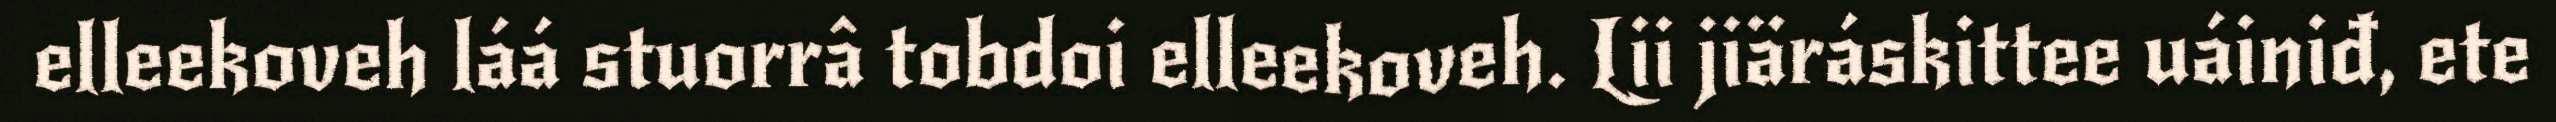
elleekoveh láá stuorrâ tobdoi elleekoveh. Lii jiäráskittee uáiniđ, ete